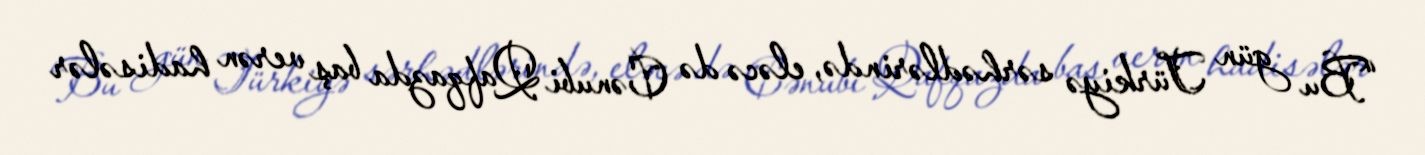
“Bu gün Türkiyə sərhədlərində, eləcə də Cənubi Qafqazda baş verən hadisələr